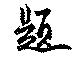
題